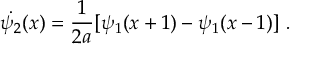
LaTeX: \dot { \psi _ { 2 } } ( x ) = \frac { 1 } { 2 a } [ \psi _ { 1 } ( x + 1 ) - \psi _ { 1 } ( x - 1 ) ] \ .